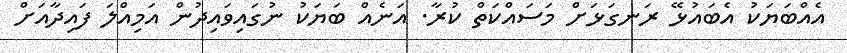
އެއްބަޔަކު އެބައުޅޭ ރަނގަޅަށް މަސައްކަތް ކުރާ. އަނެއް ބަޔަކު ނުގައިވައިދުން އަމިއްލަ ފައިދާއަށް